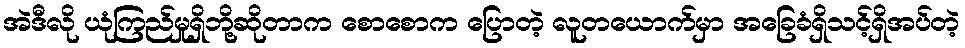
အဲဒီလို ယုံကြည်မှုရှိဘို့ဆိုတာက စောစောက ပြောတဲ့ လူတယောက်မှာ အခြေခံရှိသင့်ရှိအပ်တဲ့